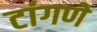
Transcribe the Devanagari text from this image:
टांगणे